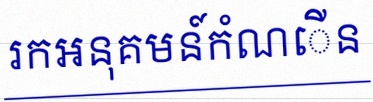
រកអនុគមន៍កំណើន